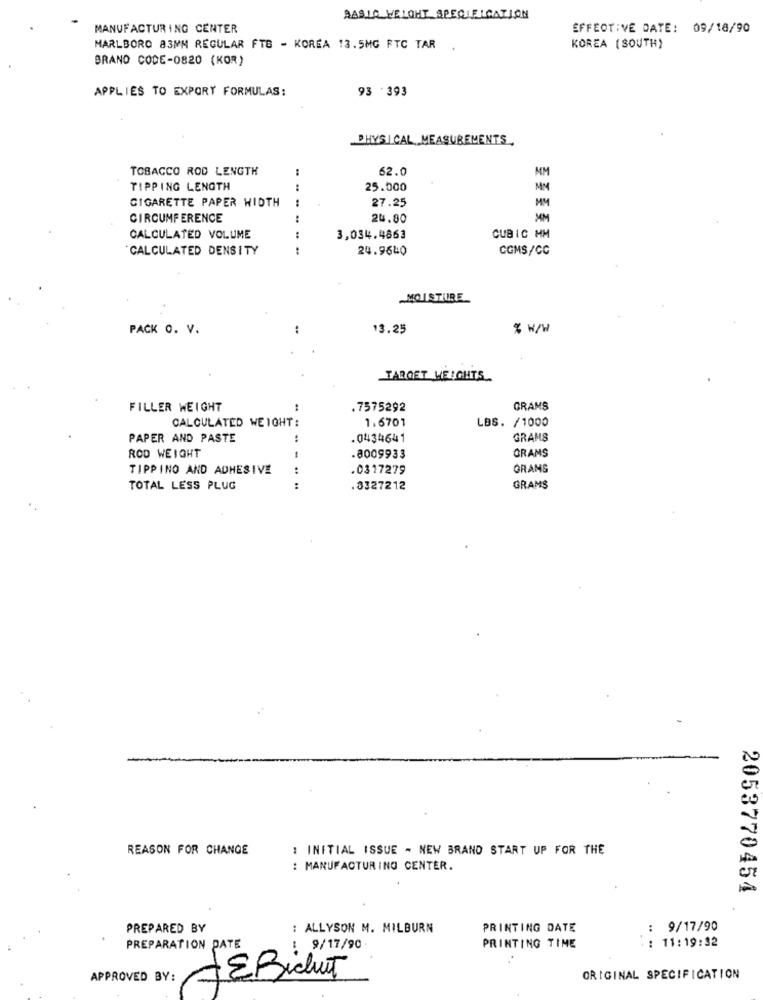
AASIA WELOHT SPECIFICATION
MANUFACTURING CENTER
EFFECTIVE DATE: 09/18/90
MARLBORO 83MM REGULAR FTB - KOREA 13.5MG FTC TAR
KOREA (SOUTH)
BRAND CODE-0820 (KOR)
APPLIES TO EXPORT FORMULAS:
93 .393
PHYSICAL MEASUREMENTS.
TOBACCO ROD LENGTH
62.0
MM
TIPPING LENGTH
25.000
MM
CIGARETTE PAPER WIDTH
....
27.25
MM
CIRCUMFERENCE
24.00
CALCULATED VOLUME
3,034.4863
CUBIC MM
`CALCULATED DENSITY
24.9640
CGMS/CC
MOISTURE
PACK O. V.
..
13.25
% H/W
TARGET WEIGHTS
FILLER WEIGHT
.7575292
GRAMS
CALCULATED WEIGHT:
1.6701
LBS. /1000
PAPER AND PASTE
.0434641
GRAMS
ROD WEIGHT
.8009933
GRAMS
TIPPINO AND ADHESIVE
. 0317279
GRANS
TOTAL LESS PLUG
....
.8327212
GRAMS
-
REASON FOR CHANGE
: INITIAL ISSUE - NEW BRAND START UP FOR THE
: MANUFACTURING CENTER.
2053770454
PREPARED BY
: ALLYSON M. MILBURN
PRINTING DATE
: 9/17/90
: 11:19:32
PREPARATION DATE
: 9/17/90
PRINTING TIME
APPROVED BY:
-Epicuit
ORIGINAL SPECIFICATION